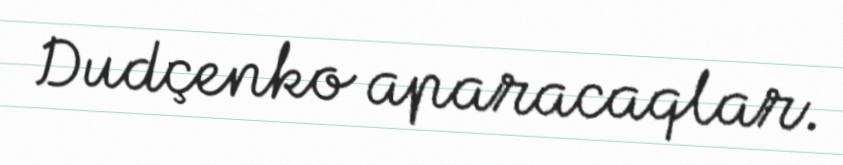
Dudçenko aparacaqlar.